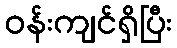
ဝန်းကျင်ရှိပြီး